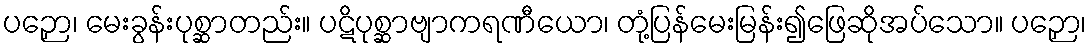
ပဉှော၊ မေးခွန်းပုစ္ဆာတည်း။ ပဋိပုစ္ဆာဗျာကရဏီယော၊ တုံ့ပြန်မေးမြန်း၍ဖြေဆိုအပ်သော။ ပဉှော၊